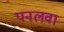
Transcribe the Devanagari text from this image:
पनलवा